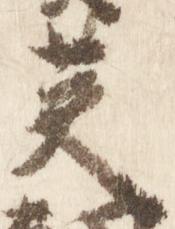
英